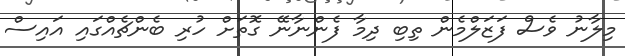
މިލާނު ވެސް ފަޒަލްމެން ތިބި ދިމާ ފެންނާނޭ ގޮތަށް ހުރި ބެންޗެއްގައި އައިސް